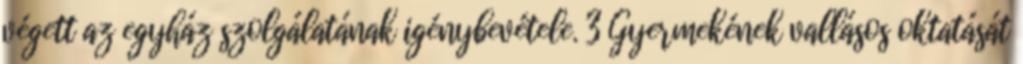
végett az egyház szolgálatának igénybevétele. 3 Gyermekének vallásos oktatását